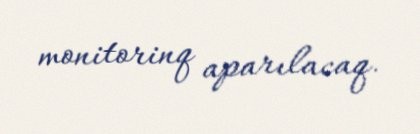
monitorinq aparılacaq.